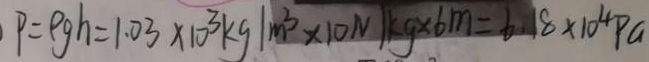
P = \rho g h = 1 . 0 3 \times 1 0 ^ { 3 } k g / m ^ { 3 } \times 1 0 N / k g \times 6 m = 6 . 1 8 \times 1 0 ^ { 4 } P a